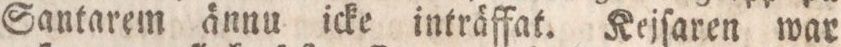
Santarem ännu icke inträffat. Keiſaren war